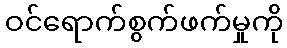
ဝင်ရောက်စွက်ဖက်မှုကို